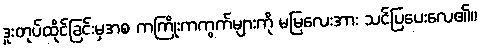
ဒူးတုပ်ထိုင်ခြင်းမှအစ ကကြိုးကကွက်များကို မမြလေးအား သင်ပြပေးလေ၏။